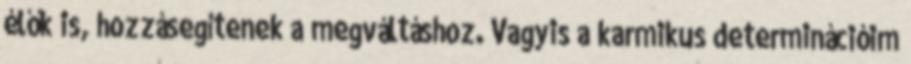
élők is, hozzásegítenek a megváltáshoz. Vagyis a karmikus determinációim